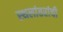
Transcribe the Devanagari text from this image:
स्थलांतरांची